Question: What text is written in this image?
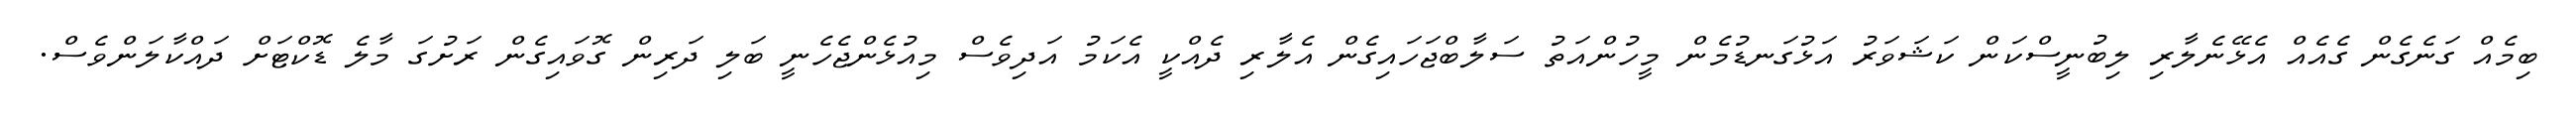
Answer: ބިމެއް ގަނެގެން ގެއެއް އެޅޭނެލާރި ލިބުނީސްކަން ކަޝަވަރު އަޅުގަނޑުމެން މީހުންއަތު ސަލާބްޖަހައިގެން އެލާރި ދެއްކީ އެކަމު އަދިވެސް މިއުޅެންޖެހެނީ ބަލި ދަރިން ގޮވައިގެން ރަށުގަ މާލެ ޑޮކްޓަށް ދައްކާލަންވެސް.